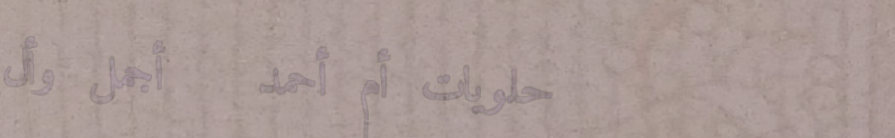
حلويات أم أحمد   أجمل وأل